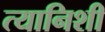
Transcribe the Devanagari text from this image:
त्यानिशी